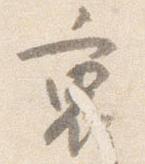
裏